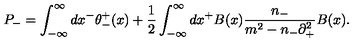
P _ { - } = \int _ { - { \infty } } ^ { \infty } d x ^ { - } { \theta } _ { - } ^ { + } ( x ) + \frac { 1 } { 2 } \int _ { - { \infty } } ^ { \infty } d x ^ { + } B ( x ) \frac { n _ { - } } { m ^ { 2 } - n _ { - } { \partial } _ { + } ^ { 2 } } B ( x ) .